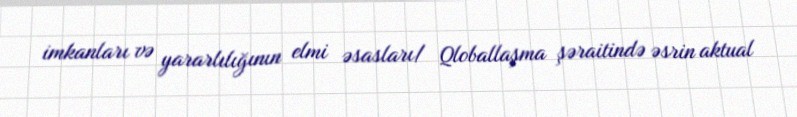
imkanları və yararlılığının elmi əsasları/ Qloballaşma şəraitində əsrin aktual